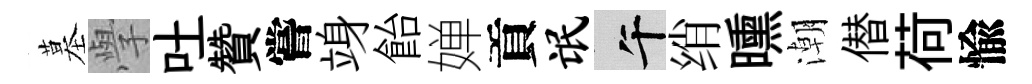
墓𭓕吐贊嘗竧飴婵貢氓午绡曛潮僣荷愉